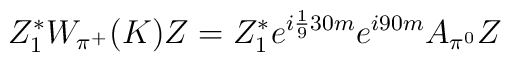
Z_1^*W_{\pi^+}(K)Z=Z_1^*e^{i \frac19 30 m}e^{i 90 m}A_{\pi^0}Z